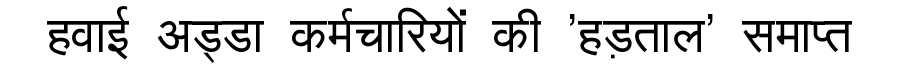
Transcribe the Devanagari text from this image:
हवाई अड्डा कर्मचारियों की 'हड़ताल' समाप्त